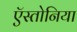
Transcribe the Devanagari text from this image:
ऍस्तोनिया